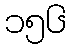
၁၅၆